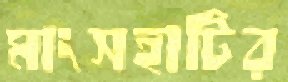
মাংসহাটির